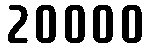
20000